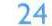
24